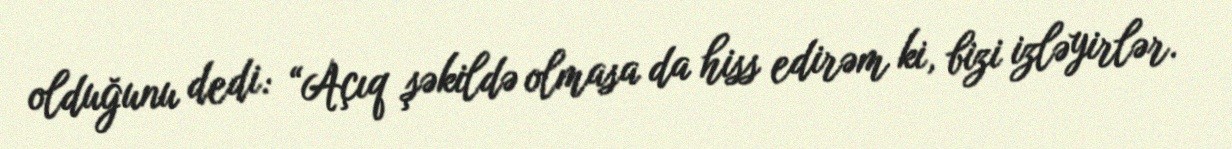
olduğunu dedi: “Açıq şəkildə olmasa da hiss edirəm ki, bizi izləyirlər.